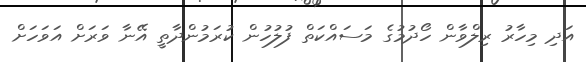
އަދި މިހާރު ރިލްވާން ހޯދުމުގެ މަސައްކަތް ފުލުހުން ކުރަމުންދާތީ އޭނާ ވަރަށް އަވަހަށް